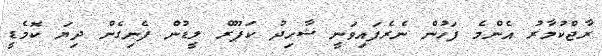
ރާޖްކުމާރު އެންމެ ފަހުން ނެރެފައިވަނީ ޝާހިދު ކަޕޫރް ލީޑުން ފެނިގެން ދިޔަ ކޮމެޑީ